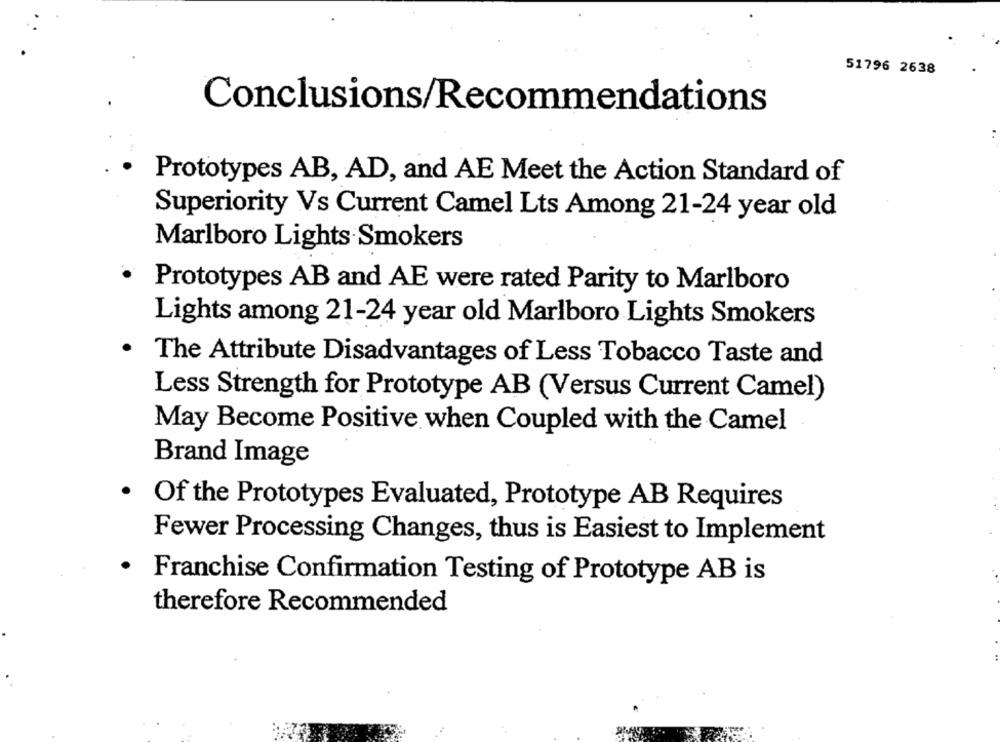
51796 2638
Conclusions/Recommendations
Prototypes AB, AD, and AE Meet the Action Standard of
Superiority Vs Current Camel Lts Among 21-24 year old
Marlboro Lights Smokers
Prototypes AB and AE were rated Parity to Marlboro
Lights among 21-24 year old Marlboro Lights Smokers
.
The Attribute Disadvantages of Less Tobacco Taste and
Less Strength for Prototype AB (Versus Current Camel)
May Become Positive when Coupled with the Camel
Brand Image
.
Of the Prototypes Evaluated, Prototype AB Requires
Fewer Processing Changes, thus is Easiest to Implement
.
Franchise Confirmation Testing of Prototype AB is
therefore Recommended